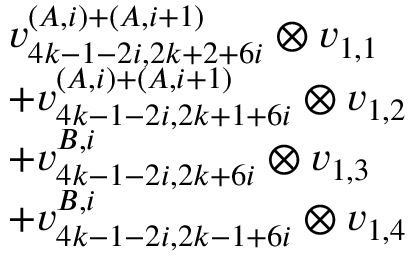
\begin{array} { r l } & { v _ { 4 k - 1 - 2 i , 2 k + 2 + 6 i } ^ { ( A , i ) + ( A , i + 1 ) } \otimes v _ { 1 , 1 } } \\ & { + v _ { 4 k - 1 - 2 i , 2 k + 1 + 6 i } ^ { ( A , i ) + ( A , i + 1 ) } \otimes v _ { 1 , 2 } } \\ & { + v _ { 4 k - 1 - 2 i , 2 k + 6 i } ^ { B , i } \otimes v _ { 1 , 3 } } \\ & { + v _ { 4 k - 1 - 2 i , 2 k - 1 + 6 i } ^ { B , i } \otimes v _ { 1 , 4 } } \end{array}